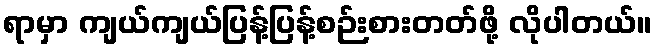
ရာမှာ ကျယ်ကျယ်ပြန့်ပြန့်စဉ်းစားတတ်ဖို့ လိုပါတယ်။